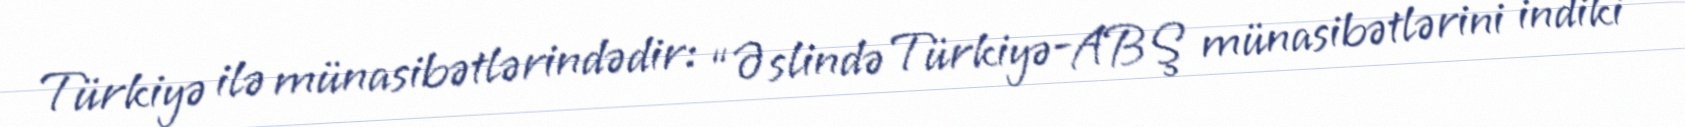
Türkiyə ilə münasibətlərindədir: “Əslində Türkiyə-ABŞ münasibətlərini indiki